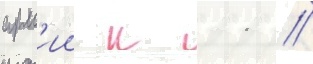
арм'ии к 11 //